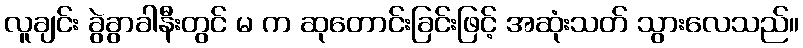
လူချင်း ခွဲခွာခါနီးတွင် မ က ဆုတောင်းခြင်းဖြင့် အဆုံးသတ် သွားလေသည်။